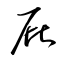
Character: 屁